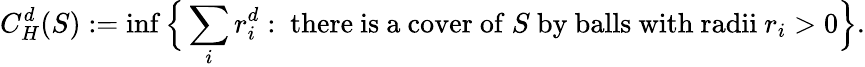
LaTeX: C_{H}^{d}(S):=\operatorname*{inf}{\Bigl\{ }\sum_{i}r_{i}^{d}:{\mathrm{~there~is~a~cover~of~}}S{\mathrm{~by~balls~with~radii~}}r_{i}>0{\Bigr\} }.